Indian journal of veterinary science and animal husbandry - Volume 6,
Year: 1936
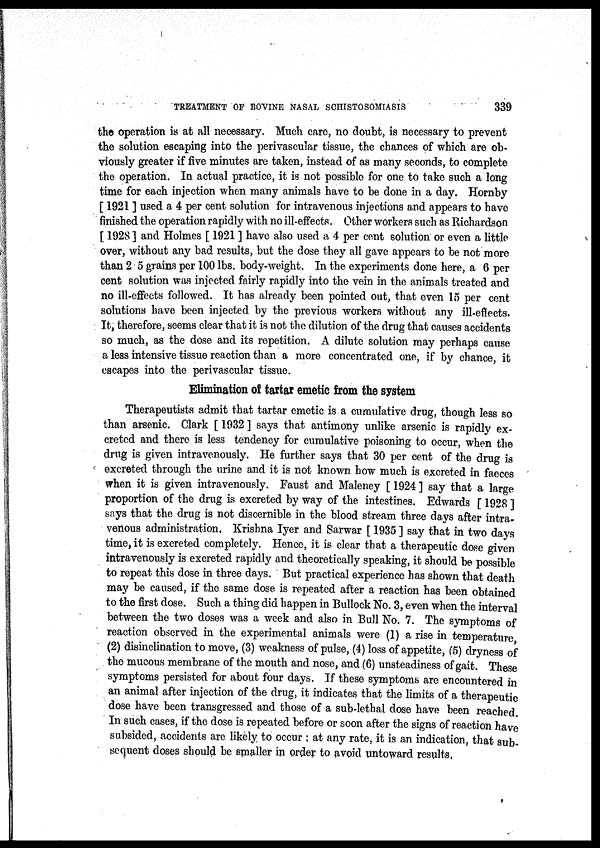
TREATMENT OF BOVINE NASAL SCHISTOSOMIASIS
339
the operation is at all necessary. Much care, no doubt, is necessary to prevent
the solution escaping into the perivascular tissue, the chances of which are ob-
viously greater if five minutes are taken, instead of as many seconds, to complete
the operation. In actual practice, it is not possible for one to take such a long
time for each injection when many animals have to be done in a day. Hornby
[ 1921 ] used a 4 per cent solution for intravenous injections and appears to have
finished the operation rapidly with no ill-effects. Other workers such as Richardson
[ 1928 ] and Holmes [ 1921 ] have also used a 4 per cent solution or even a little
over, without any bad results, but the dose they all gave appears to be not more
than 2 5 grains per 100 lbs. body-weight. In the experiments done here, a 6 per
cent solution was injected fairly rapidly into the vein in the animals treated and
no ill-effects followed. It has already been pointed out, that even 15 per cent
solutions have been injected by the previous workers without any ill-effects.
It, therefore, seems clear that it is not the dilution of the drug that causes accidents
so much, as the dose and its repetition. A dilute solution may perhaps cause
a less intensive tissue reaction than a more concentrated one, if by chance, it
escapes into the perivascular tissue.
Elimination of tartar emetic from the system
Therapeutists admit that tartar emetic is a cumulative drug, though less so
than arsenic. Clark [ 1932 ] says that antimony unlike arsenic is rapidly ex-
creted and there is less tendency for cumulative poisoning to occur, when the
drug is given intravenously. He further says that 30 per cent of the drug is
excreted through the urine and it is not known how much is excreted in faeces
when it is given intravenously. Faust and Maleney [ 1924 ] say that a large
proportion of the drug is excreted by way of the intestines. Edwards [ 1928 ]
says that the drug is not discernible in the blood stream three days after intra-
venous administration. Krishna Iyer and Sarwar [ 1935 ] say that in two days
time, it is excreted completely. Hence, it is clear that a therapeutic dose given
intravenously is excreted rapidly and theoretically speaking, it should be possible
to repeat this dose in three days. But practical experience has shown that death
may be caused, if the same dose is repeated after a reaction has been obtained
to the first dose. Such a thing did happen in Bullock No. 3, even when the interval
between the two doses was a week and also in Bull No. 7. The symptoms of
reaction observed in the experimental animals were (1) a rise in temperature,
(2) disinclination to move, (3) weakness of pulse, (4) loss of appetite, (5) dryness of
the mucous membrane of the mouth and nose, and (6) unsteadiness of gait. These
symptoms persisted for about four days. If these symptoms are encountered in
an animal after injection of the drug, it indicates that the limits of a therapeutic
dose have been transgressed and those of a sub-lethal dose have been reached.
In such cases, if the dose is repeated before or soon after the signs of reaction have
subsided, accidents are likely to occur : at any rate, it is an indication, that sub-
sequent doses should be smaller in order to avoid untoward results,